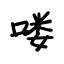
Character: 喽